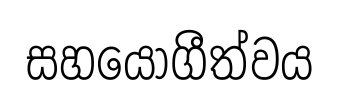
සහයෝගීත්වය